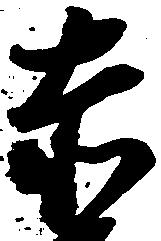
赤